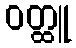
ဝတ္ထူ